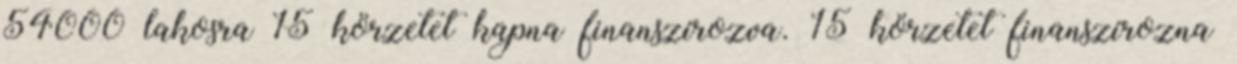
54000 lakosra 15 körzetet kapna finanszírozva. 15 körzetet finanszírozna